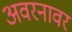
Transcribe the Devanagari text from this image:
अवरनावर